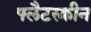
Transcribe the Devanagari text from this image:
फ्लैटस्क्रीन